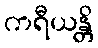
ကရီယန္တိ